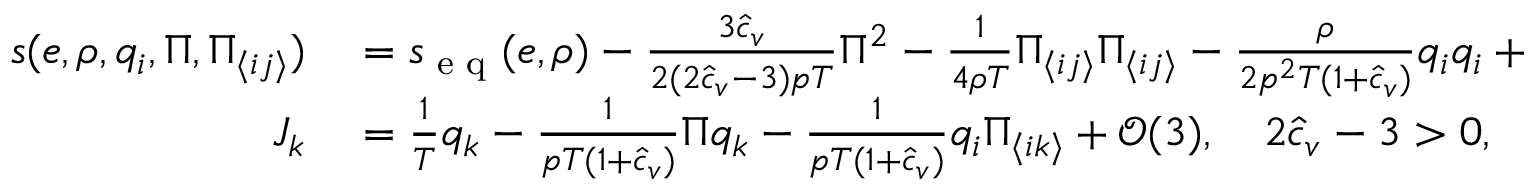
\begin{array} { r l } { s ( e , \rho , q _ { i } , \Pi , \Pi _ { \langle i j \rangle } ) } & { { } = s _ { \textrm { e q } } ( e , \rho ) - \frac { 3 \hat { c } _ { v } } { 2 ( 2 \hat { c } _ { v } - 3 ) p T } \Pi ^ { 2 } - \frac { 1 } { 4 \rho T } \Pi _ { \langle i j \rangle } \Pi _ { \langle i j \rangle } - \frac { \rho } { 2 p ^ { 2 } T ( 1 + \hat { c } _ { v } ) } q _ { i } q _ { i } + \mathcal { O } ( 3 ) , } \\ { J _ { k } } & { { } = \frac { 1 } { T } q _ { k } - \frac { 1 } { p T ( 1 + \hat { c } _ { v } ) } \Pi q _ { k } - \frac { 1 } { p T ( 1 + \hat { c } _ { v } ) } q _ { i } \Pi _ { \langle i k \rangle } + \mathcal { O } ( 3 ) , \quad 2 \hat { c } _ { v } - 3 > 0 , } \end{array}